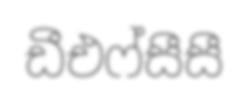
ඩීඑෆ්සීසී